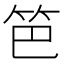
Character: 笆